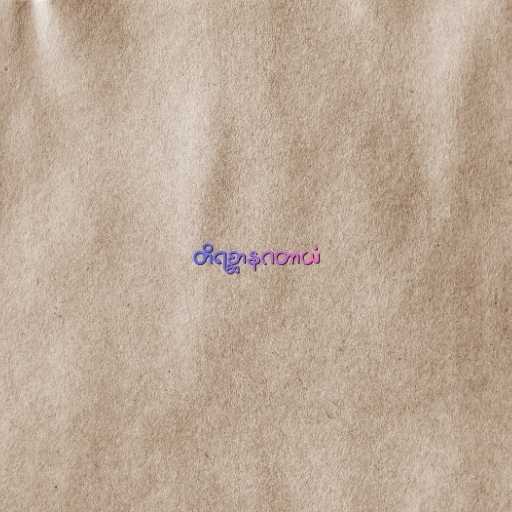
တိရစ္ဆာနဂတာယံ